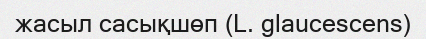
жасыл сасықшөп (L. glaucescens)